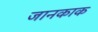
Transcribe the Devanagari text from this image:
जानकाक